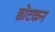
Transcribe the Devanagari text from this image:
छोटकन